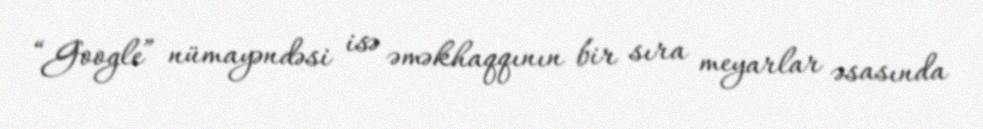
“Google” nümayəndəsi isə əməkhaqqının bir sıra meyarlar əsasında